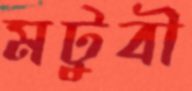
মটুবী